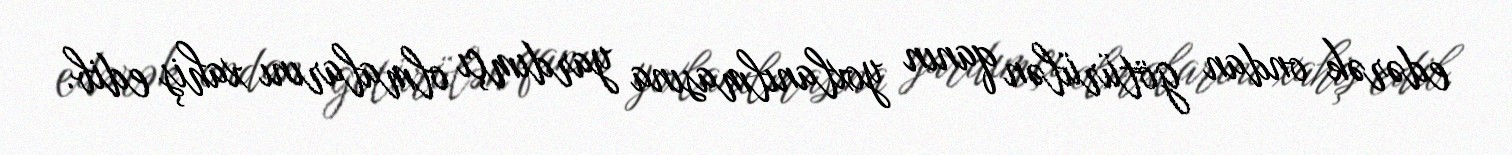
edərək ondan götürülən qanın yoxlanılmasına yardımçı olmalarını xahiş edib.